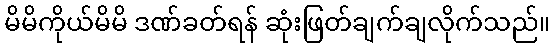
မိမိကိုယ်မိမိ ဒဏ်ခတ်ရန် ဆုံးဖြတ်ချက်ချလိုက်သည်။